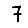
Digit: 7